Epidemic dropsy in Calcutta - Number 49
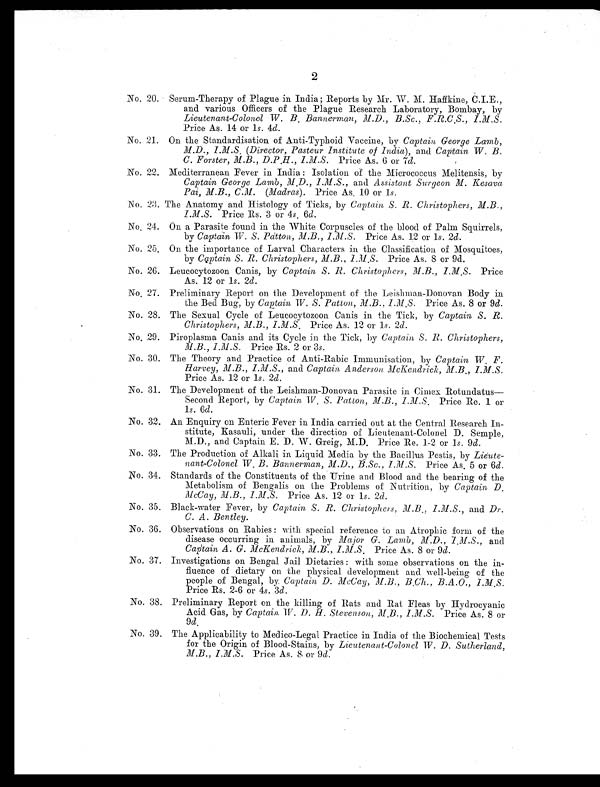
2
No. 20. Serum-Therapy of Plague in India; Reports by Mr. W. M. Haffkine, C.I.E.,
and various Officers of the Plague Research Laboratory, Bombay, by
Lieutenant-Colonel W. B. Bannerman, M.D., B.Sc., F.R.C.S., I.M.S.
Price As. 14 or 1s. 4d.
No. 21. On the Standardisation of Anti-Typhoid Vaccine, by Captain George Lamb,
M.D., 1.M.S. (Director, Pasteur Institute of India ), and Captain W. B.
C. Forster, M.B., D.P.H., I.M.S. Price As. 6 or 7d.
No. 22. Mediterranean Fever in India : Isolation of the Micrococcus Melitensis, by
Captain George Lamb, M.D., I.M.S., and Assistant ,Surgeon M. Kesava
Pai, M.B., C.M. (Madras). Price As. 10 or 1 s.
No.23. The Anatomy and Histology of Ticks, by Captain S. R. Christophers, M.B.,
I.M.S. Price Rs. 3 or 4 s. 6d.
No. 24. On a Parasite found in the White Corpuscles of the blood of Palm Squirrels,
by Captain W. S. Patton, M.B., I.M.S. Price As. 12 or 1s. 2d.
No. 25. On the importance of Larval Characters in the Classification of Mosquitoes,
by Captain, S. R. Christophers, M.B., I.M.S. Price As. 8 or 9d.
No. 26. Leucocytozoon Canis, by Captain S. R. Christophers, M.B., I.M.S. Price
As. 12 or 1s. 2d.
No. 27. Preliminary Report on the Development of the Leishman-Donovan Body in
the Bed Bug, by Captain W. S. Patton, M.B., I .M. S . Price As. 8 or 9d.
No. 28. The Sexual Cycle of Leucocytozoon Canis in the Tick, by Captain S. R.
Christophers, M.B., I.M.S. Price As. 12 or 1s. 2d.
No. 29. Piroplasma Canis and its Cycle in the Tick, by Captain S. R. Christophers,
M.B., I.M.S. Price Rs. 2 or 3s.
No. 30. The Theory and Practice of Anti-Rabic Immunisation, by Captain W. F.
Harvey, M.B., I.M.S., and Captain Anderson McKendrick, M.B., I.M.S.
Price As. 12 or 1s. 2d.
No. 31. The Development of the Leishman-Donovan Parasite in Cimex Rotundatus-
Second Report, by Captain W. S. Patton, M.B., I.M.S. Price Re. 1 or
1s. 6d.
No. 32. An Enquiry on Enteric Fever in India carried out at the Central Research In-
stitute, Kasauli, under the direction of Lieutenant-Colonel D. Semple,
M.D., and Captain E. D. W. Greig, M.D. Price Re. 1.-2 or 1 s. 9d.
No. 33. The Production of Alkali in Liquid Media by the Bacillus Pestis, by Lieute-
nant-Colonel W. B. Bannerman, M.D., B.Sc., I.M.S. Price As. 5 or 6d.
No. 34. Standards of the Constituents of the Urine and Blood and. the bearing of the
Metabolism of Bengalis on the Problems of Nutrition, by Captain D.
McCay, M.B., I.M.S. Price As. 12 or 1s. 2d.
No. 35. Black-water Fever, by Captain S. R. Christophers, M.B., I.M.S., and Dr.
C. A. Bentley.
No. 36. Observations on Rabies : with special reference to an Atrophic form of the
disease occurring in animals, by Major G. Lamb, M.D., I.M.S., and
Captain A. G. McKendrick, M.B., I.M.S. Price As. 8 or 9d.
No. 37. Investigations on Bengal Jail Dietaries : with some observations on the in-
fluence of dietary on the physical development and well-being of the
people of Bengal, by Captain D. McCay, M.B., B.Ch., B.A.O.,
I.M.S. Price Rs. 2-6 or 4s. 3d.
No. 38. Preliminary Report en the killing of Rats and Rat Fleas by Hydrocyanic
Acid Gas, by Captain, W. D. H. Stevenson, M.B., I.M.S. Price As. 8 or 9d .
No. 39. The Applicability to Medico-Legal Practice in India of the Biochemical Tests
for the Origin of Blood-Stains, by Lieutenant-Colonel W . D. Sutherland,
M.B., I.M.S. Price As. 8 or 9d.